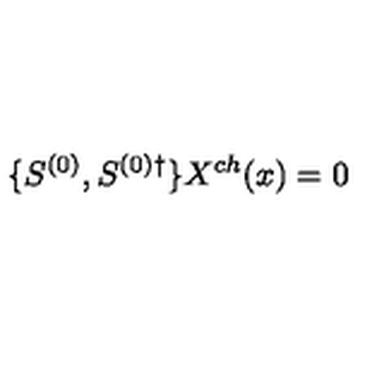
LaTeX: \{ S ^ { ( 0 ) } , S ^ { ( 0 ) \dagger } \} X ^ { c h } ( x ) = 0